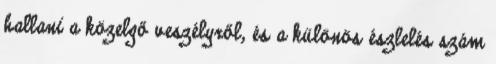
hallani a közelgő veszélyről, és a különös észlelés szám